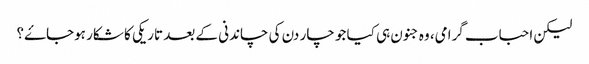
لیکن احباب گرامی، وہ جنون ہی کیا جو چار دن کی چاندنی کے بعد تاریکی کا شکار ہوجاۓ؟